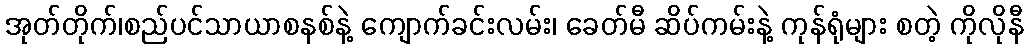
အုတ်တိုက်၊စည်ပင်သာယာစနစ်နဲ့ ကျောက်ခင်းလမ်း၊ ခေတ်မီ ဆိပ်ကမ်းနဲ့ ကုန်ရုံများ စတဲ့ ကိုလိုနီ